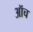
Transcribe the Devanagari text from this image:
ऑच